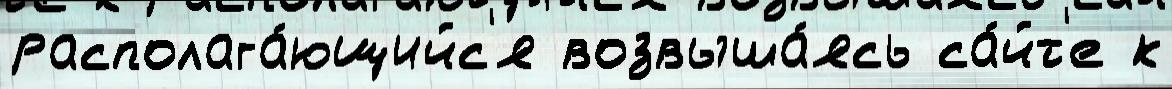
располага́ющийс'я возвыша́ясь са́йт'е к